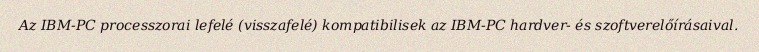
Az IBM-PC processzorai lefelé (visszafelé) kompatibilisek az IBM-PC hardver- és szoftverelőírásaival.